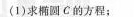
(1)求椭圆C的方程；